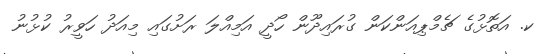
ކ. އަތޮޅުގެ ޗެމްޕިއަންކަން ގުރައިދޫން ހޯދީ އަމިއްލަ ރަށުގައި މިއަދު ހަވީރު ކުޅުނު